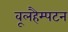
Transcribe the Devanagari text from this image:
वूलहैम्पटन